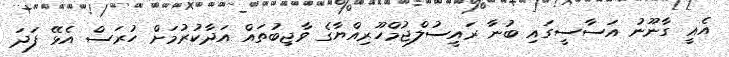
އެއީ ގާނޫނު އަސާސީގައި ބުނާ ރައީސުލްޖުމްހޫރިއްޔާގެ ވާޖިބުތައް އަދާކުރުމަށް ހުރަސް އެޅޭ ފަދަ